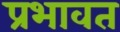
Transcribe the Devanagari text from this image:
प्रभावत